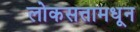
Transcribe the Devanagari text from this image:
लोकसत्तामधून